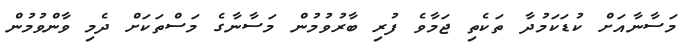
މަސާނާއަށް ކުޑަކަމުދާ ތަކެތި ޖަމާވެ ފުރި ބާރުވުމުން މަސާނާގެ މަސްތަކަށް ދެމި ވާންވުމުން